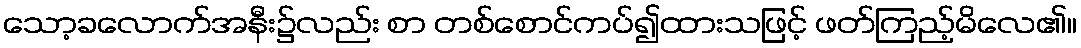
သော့ခလောက်အနီး၌လည်း စာ တစ်စောင်ကပ်၍ထားသဖြင့် ဖတ်ကြည့်မိလေ၏။